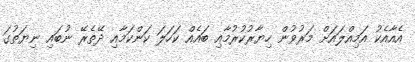
އެއާއެކު އަމިއްލައަށް މަރުވުން ހިޔާރުކުރުމާއި ބައެއް ކަހަލަ ކަންކަމާއި ދޭތެރޭ ނުބައި ނިޔަތުގަ